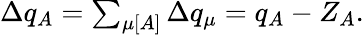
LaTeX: \begin{array}{r}{\Delta q_{A}=\sum_{\mu[A]}\Delta q_{\mu}=q_{A}-Z_{A}.}\end{array}